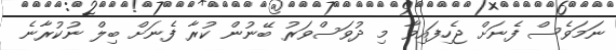
ނަމަވެސް ފެނަށް ޖެހިފައިވާ މި ދުވަސްވަރު ބޭނުން ކުރާ ފެނަށް ބިލް ނުކުރާނެ